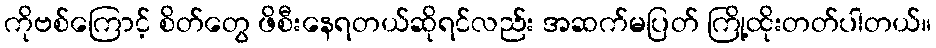
ကိုဗစ်ကြောင့် စိတ်တွေ ဖိစီးနေရတယ်ဆိုရင်လည်း အဆက်မပြတ် ကြို့ထိုးတတ်ပါတယ်။